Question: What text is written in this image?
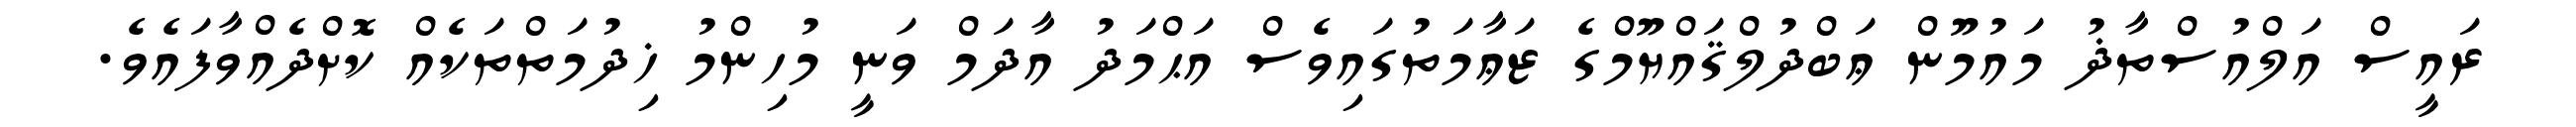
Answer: ރައީސް އަލްއުސްތާޛު މައުމޫން ޢަބްދުލްޤައްޔޫމްގެ ޒަޢާމަތުގައިވެސް އަޙްމަދު އާދަމް ވަނީ މުހިންމު ޚިދުމަތްތަކެއް ކޮށްދެއްވާފައެވެ.